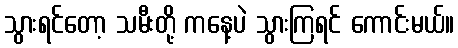
သွားရင်တော့ သမီးတို့ ကနေ့ပဲ သွားကြရင် ကောင်းမယ်။